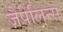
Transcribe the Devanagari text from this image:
ज़ैपेलिन्स